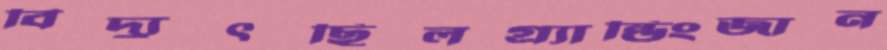
বিদ্যুৎছিলগ্র্যান্ডিংজান